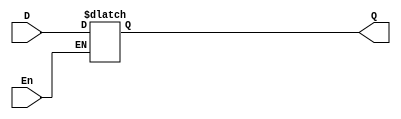
`timescale 1ns / 1ps
//////////////////////////////////////////////////////////////////////////////////
// Company: 
// Engineer: 
// 
// Design Name: 
// Module Name: code
// Project Name: 
// Target Devices: 
// Tool Versions: 
// Description: 
// 
// Dependencies: 
// 
// Revision:
// Revision 0.01 - File Created
// Additional Comments:
// 
//////////////////////////////////////////////////////////////////////////////////


module code(D , En , Q);
    input D , En;
    output reg Q;
    always @(D)
    begin
        if(En)
            Q = D;
    end
endmodule